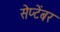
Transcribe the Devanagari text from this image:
सेप्टेंबर